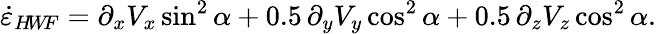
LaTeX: \dot{\varepsilon}_{H\! W\! F}=\partial_{x}V_{x}\sin^{2}\alpha+0.5\, \partial_{y}V_{y}\cos^{2}\alpha+0.5\, \partial_{z}V_{z}\cos^{2}\alpha.